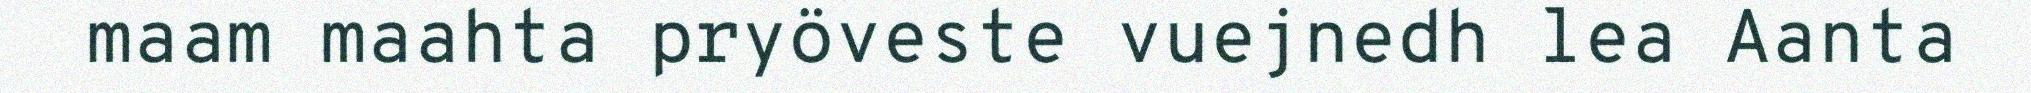
maam maahta pryöveste vuejnedh lea Aanta